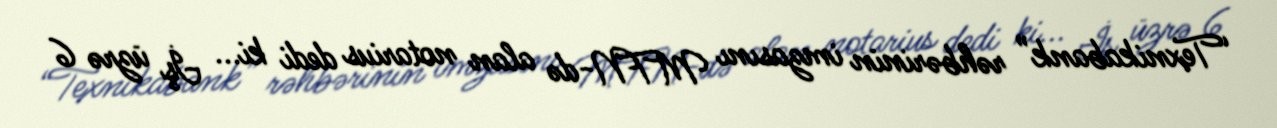
“Texnikabank” rəhbərinin imzasını MTN-də alan notarius dedi ki... İş üzrə 6